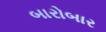
બારોબાર